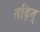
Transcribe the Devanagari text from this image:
तड़ित्‌